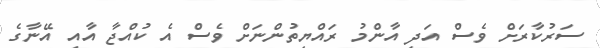
ސަރުކާރަށް ވެސް އަދި އާންމު ރައްޔިތުންނަށް ވެސް އެ ކުއްޖާ އާއި އޭނާގެ